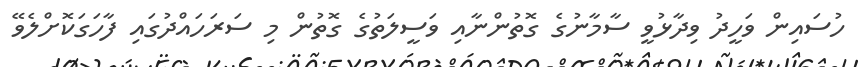
ހުސައިން ވަހީދު ވިދާޅުވީ ސާމާނުގެ ގޮތުންނާއި ވަސީލަތުގެ ގޮތުން މި ސަރަހައްދުގައި ފާހަގަކޮށްލެވޭ